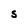
Character: S